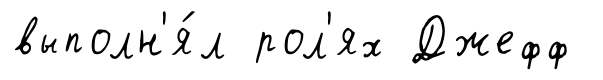
выполн'я́л рол'ях Джефф